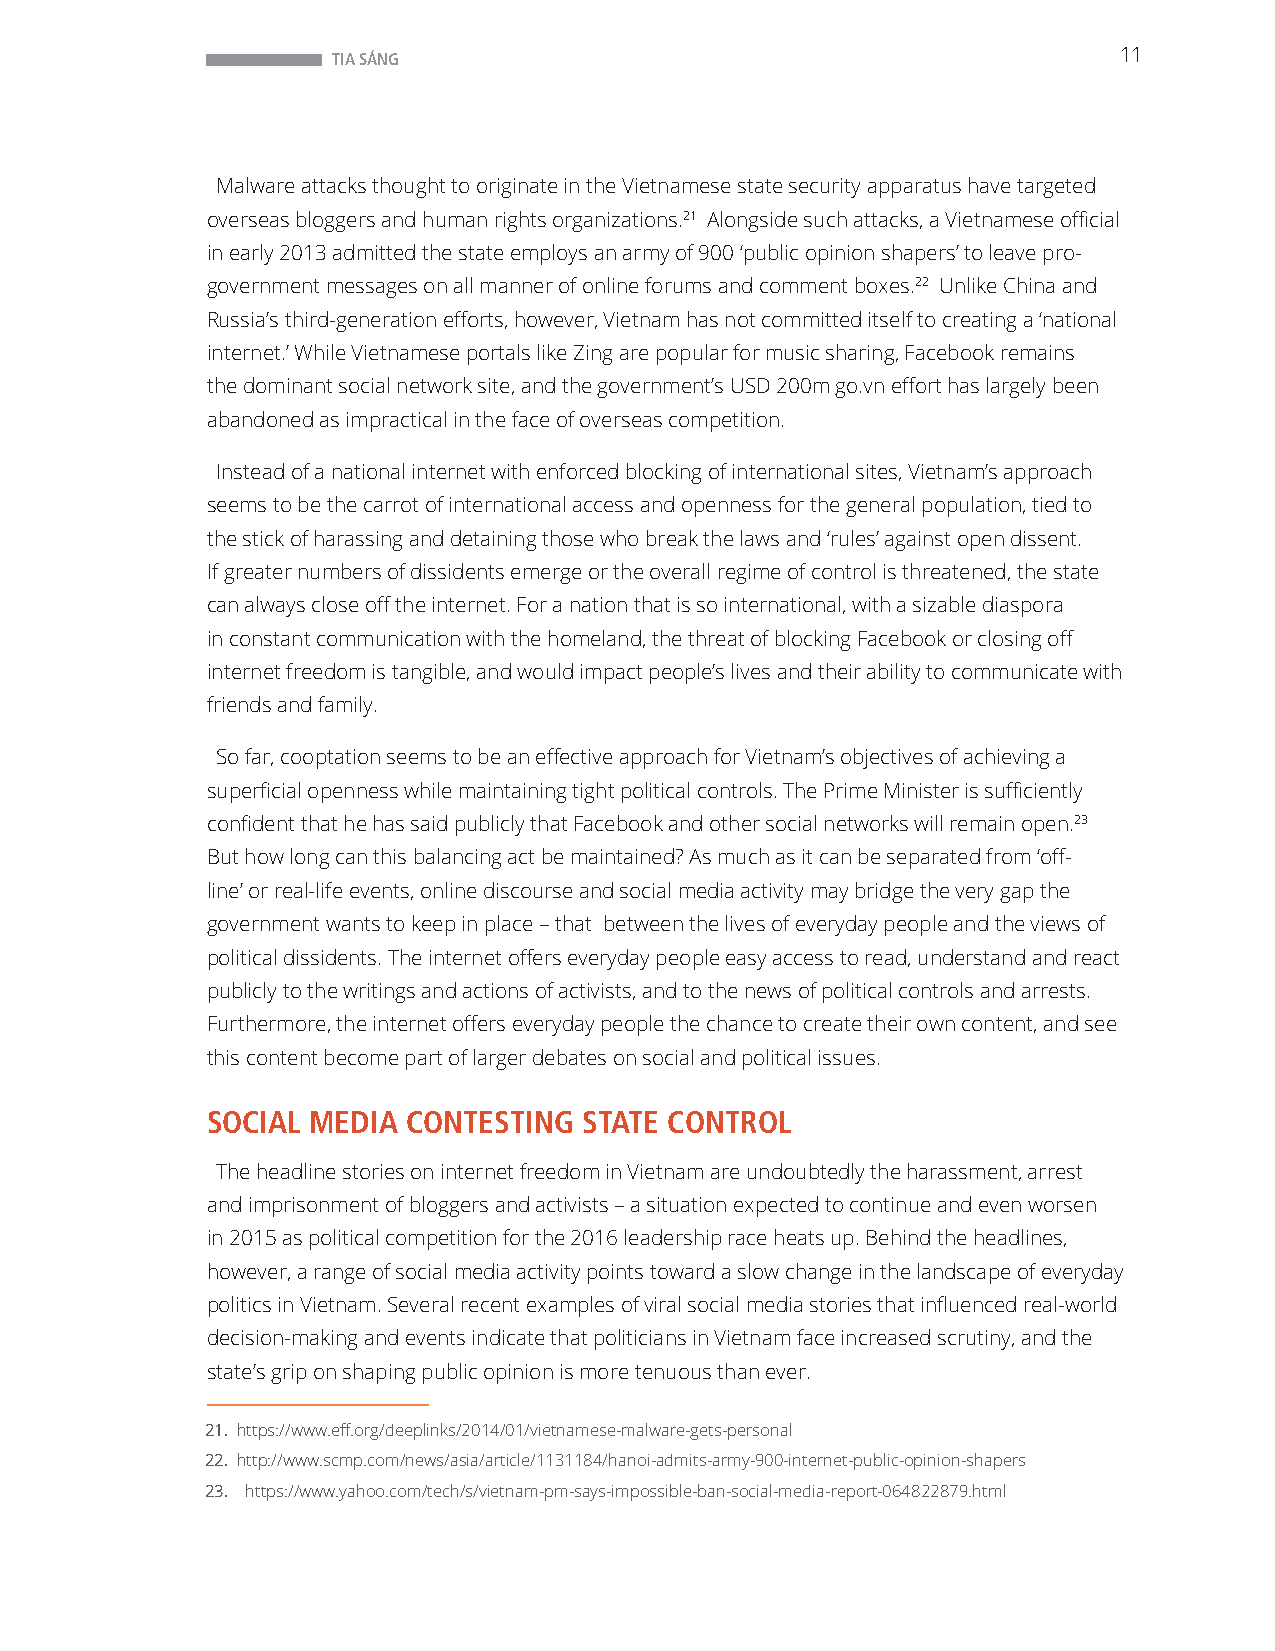
TIA SÁNG                                            11
 Malware attacks thought to originate in the Vietnamese state security apparatus have targeted
 overseas bloggers and human rights organizations.21 Alongside such attacks, a Vietnamese official
 in early 2013 admitted the state employs an army of 900 ‘public opinion shapers’ to leave pro-
 government messages on all manner of online forums and comment boxes.22 Unlike China and
 Russia’s third-generation efforts, however, Vietnam has not committed itself to creating a ‘national
 internet.’ While Vietnamese portals like Zing are popular for music sharing, Facebook remains
 the dominant social network site, and the government’s USD 200m go.vn effort has largely been
 abandoned as impractical in the face of overseas competition.
 Instead of a national internet with enforced blocking of international sites, Vietnam’s approach
 seems to be the carrot of international access and openness for the general population, tied to
 the stick of harassing and detaining those who break the laws and ‘rules’ against open dissent.
 If greater numbers of dissidents emerge or the overall regime of control is threatened, the state
 can always close off the internet. For a nation that is so international, with a sizable diaspora
 in constant communication with the homeland, the threat of blocking Facebook or closing off
 internet freedom is tangible, and would impact people’s lives and their ability to communicate with
 friends and family.
 So far, cooptation seems to be an effective approach for Vietnam’s objectives of achieving a
 superficial openness while maintaining tight political controls. The Prime Minister is sufficiently
 confident that he has said publicly that Facebook and other social networks will remain open.23
 But how long can this balancing act be maintained? As much as it can be separated from ‘off-
 line’ or real-life events, online discourse and social media activity may bridge the very gap the
 government wants to keep in place – that between the lives of everyday people and the views of
 political dissidents. The internet offers everyday people easy access to read, understand and react
 publicly to the writings and actions of activists, and to the news of political controls and arrests.
 Furthermore, the internet offers everyday people the chance to create their own content, and see
 this content become part of larger debates on social and political issues.
 SOCIAL MEDIA CONTESTING  STATE CONTROL
 The headline stories on internet freedom in Vietnam are undoubtedly the harassment, arrest
 and imprisonment of bloggers and activists – a situation expected to continue and even worsen
 in 2015 as political competition for the 2016 leadership race heats up. Behind the headlines,
 however, a range of social media activity points toward a slow change in the landscape of everyday
 politics in Vietnam. Several recent examples of viral social media stories that influenced real-world
 decision-making and events indicate that politicians in Vietnam face increased scrutiny, and the
 state’s grip on shaping public opinion is more tenuous than ever.
 21. https://www.eff.org/deeplinks/2014/01/vietnamese-malware-gets-personal
 22. http://www.scmp.com/news/asia/article/1131184/hanoi-admits-army-900-internet-public-opinion-shapers
 23. https://www.yahoo.com/tech/s/vietnam-pm-says-impossible-ban-social-media-report-064822879.html